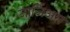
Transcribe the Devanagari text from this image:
जार्जिअस